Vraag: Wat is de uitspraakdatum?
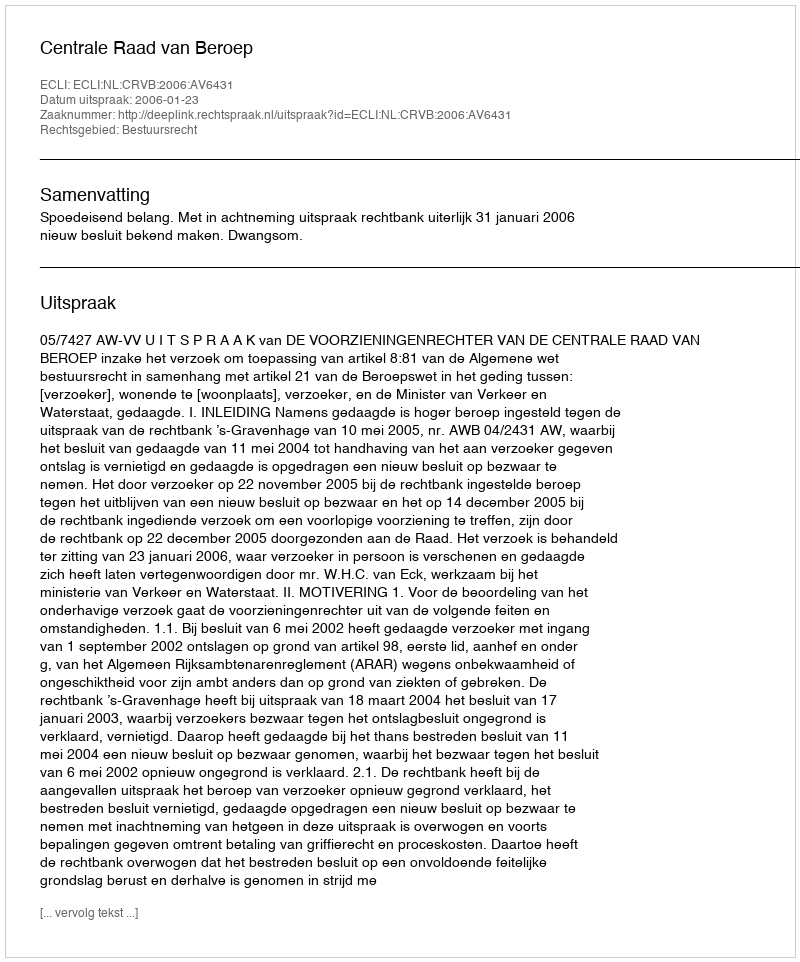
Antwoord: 2006-01-23